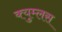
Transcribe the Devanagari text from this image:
क्युम्लस